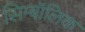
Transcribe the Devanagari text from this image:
सिम्बॉलिक